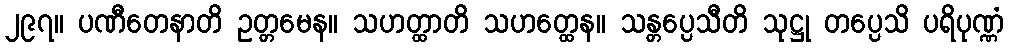
၂၉၇။ ပဏီတေနာတိ ဥတ္တမေန။ သဟတ္ထာတိ သဟတ္ထေန။ သန္တပ္ပေသီတိ သုဋ္ဌု တပ္ပေသိ ပရိပုဏ္ဏံ